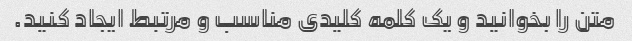
متن را بخوانید و یک کلمه کلیدی مناسب و مرتبط ایجاد کنید.